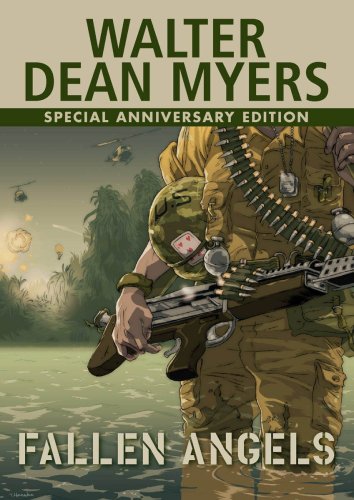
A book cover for Fallen Angels; Walter Dean Myers; Teen & Young Adult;